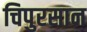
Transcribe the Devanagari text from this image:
चिपुरसान